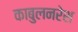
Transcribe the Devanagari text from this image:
काबुलनरेश